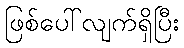
ဖြစ်ပေါ်လျက်ရှိပြီး